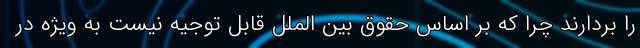
را بردارند چرا که بر اساس حقوق بین الملل قابل توجیه نیست به ویژه در